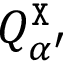
Q _ { \alpha ^ { \prime } } ^ { \tt X }